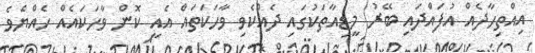
އިއްތިހާދެއް އުފައްދައި ބޭރު މީޑިއާތަކުގައި ދެއްކެވި ވާހަކަތައް އެއީ ކޮން ވާހަކައެއް ހެއްޔެވެ